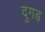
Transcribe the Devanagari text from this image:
दुगड़